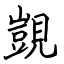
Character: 覬